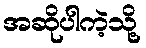
အဆိုပါကဲ့သို့